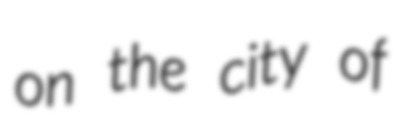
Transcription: on the city of